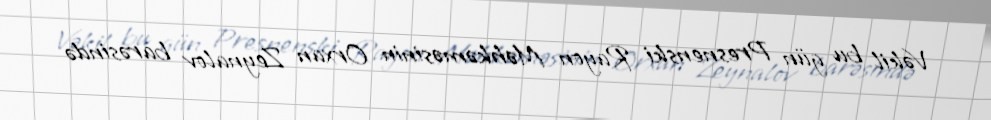
Vəkil bu gün Presnenski Rayon Məhkəməsinin Orxan Zeynalov barəsində